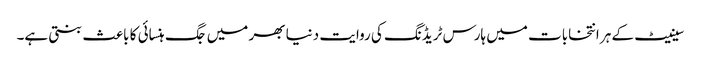
سینیٹ کے ہر انتخابات میں ہارس ٹریڈنگ کی روایت دنیا بھر میں جگ ہنسائی کا باعث بنتی ہے۔